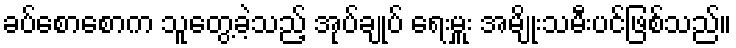
ခပ်စောစောက သူတွေ့ခဲ့သည့် အုပ်ချုပ် ရေးမှူး အမျိုးသမီးပင်ဖြစ်သည်။